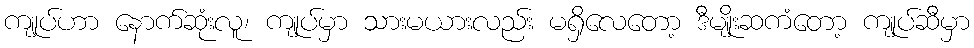
ကျုပ်ဟာ နောက်ဆုံးလူ၊ ကျုပ်မှာ သားမယားလည်း မရှိလေတော့ ဒီမျိုးဆကံတော့ ကျုပ်ဆီမှာ